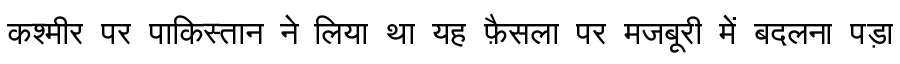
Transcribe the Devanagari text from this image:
कश्मीर पर पाकिस्तान ने लिया था यह फ़ैसला पर मजबूरी में बदलना पड़ा